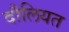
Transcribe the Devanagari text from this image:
दौलियत